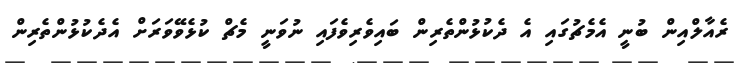
ރެއާލްއިން ބުނީ އެމެޗުގައި އެ ދެކުޅުންތެރިން ބައިވެރިވެފައި ނުވަނީ މެޗް ކުޅެވޭވަރަށް އެދެކުޅުންތެރިން